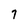
Character: 7